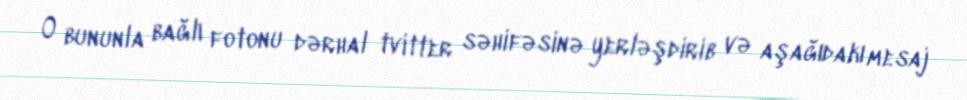
O bununla bağlı fotonu dərhal tvitter səhifəsinə yerləşdirib və aşağıdakı mesaj